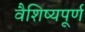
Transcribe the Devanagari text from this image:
वैशिष्यपूर्ण